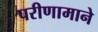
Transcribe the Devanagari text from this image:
परीणामाने